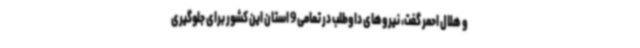
و هلال احمر گفت، نیروهای داوطلب در تمامی 9 استان این کشور برای جلوگیری